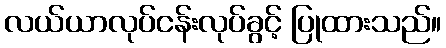
လယ်ယာလုပ်ငန်းလုပ်ခွင့် ပြုထားသည်။